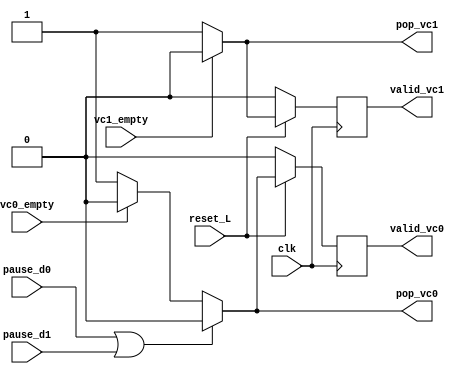
module Empty_and_pause (
    input clk,
    input reset_L,
    input vc0_empty,
    input vc1_empty,
    input pause_d0,
    input pause_d1,
    output reg valid_vc0,
    output reg valid_vc1,
    output reg pop_vc0,
    output reg pop_vc1);
    
        
    always @ (*) begin
    	pop_vc0 = 0;
    	pop_vc1 = 0;
	if (!(pause_d0 || pause_d1)) 
		if (!vc0_empty) begin
			pop_vc0 = 1;
		end
		if (!vc1_empty) begin
			pop_vc1 = 1;
		end
    end

    always @ (posedge clk) begin
    	if (reset_L == 0) begin
    		valid_vc0 <= 0;
    		valid_vc1 <= 0;
    	end
    	else begin
    		valid_vc0 <= pop_vc0;
    		valid_vc1 <= pop_vc1;
    	end
    end 

endmodule